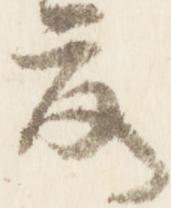
夏